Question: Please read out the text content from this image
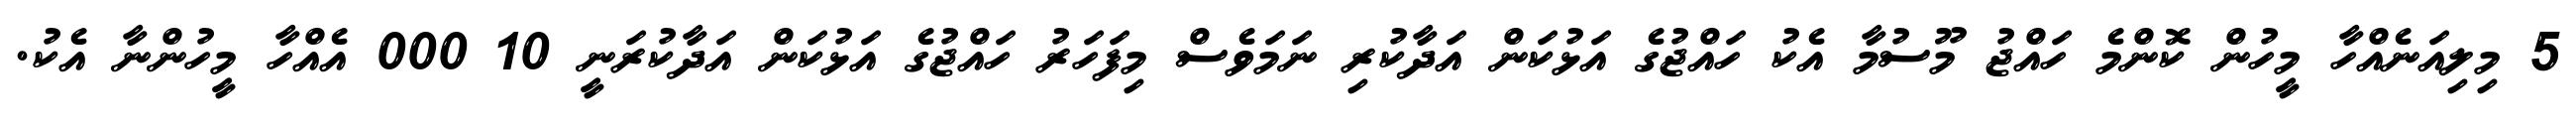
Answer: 5 މިލިއަނެއްހާ މީހުން ކޮންމެ ހައްޖު މޫސުމާ އެކު ހައްޖުގެ އަޅުކަން އަދާކުރި ނަމަވެސް މިފަހަރު ހައްޖުގެ އަޅުކަން އަދާކުރަނީ 10 000 އެއްހާ މީހުންނާ އެކު.